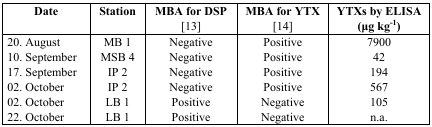
<table><thead><tr><td><b>Date</b></td><td><b>Station</b></td><td><b>MBA for DSP [13]</b></td><td><b>MBA for YTX [14]</b></td><td><b>YTXs by ELISA (μg kg<sup>−1</sup>)</b></td></tr></thead><tbody><tr><td>20. August</td><td>MB 1</td><td>Negative</td><td>Positive</td><td>7900</td></tr><tr><td>10. September</td><td>MSB 4</td><td>Negative</td><td>Positive</td><td>42</td></tr><tr><td>17. September</td><td>IP 2</td><td>Negative</td><td>Positive</td><td>194</td></tr><tr><td>02. October</td><td>IP 2</td><td>Negative</td><td>Positive</td><td>567</td></tr><tr><td>02. October</td><td>LB 1</td><td>Positive</td><td>Negative</td><td>105</td></tr><tr><td>22. October</td><td>LB 1</td><td>Positive</td><td>Negative</td><td>n.a.</td></tr></tbody></table>